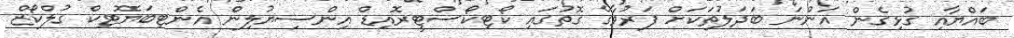
ބައްޔާއި ގުޅިގެން އަންނަ ބަދަލުތަކަށް ފަރުވާގެ ގޮތުގައި ކޯޓިކޯސްޓީރޮއިޑް އިންސިޔުލިން އެންޓިބަޔޮޓިކް ގުލްކޯޒް